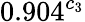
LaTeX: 0.904^{c_{3}}